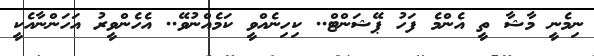
ނިމެނީ މާޝާ ތީ އެންމެ ފަހު ޕޭޝަންޓް.. ކިހިނެއްވީ ކަމެއްނުވޭ.. އެހެންވީރު އަހަންނާއެކީ